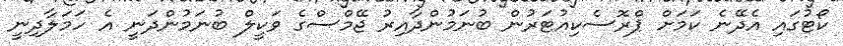
ކޯޓުގައި އެދޭނެ ކަމަށް ޕްރޮސެކިއުޓަރުން ބުނަމުންދާއިރު ޖޭމްސްގެ ވަކީލް ބުނަމުންދަނީ އެ ހަމަލާދިނީ